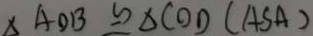
\Delta A O B \cong \Delta C O D ( A S A )